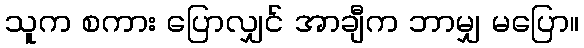
သူက စကား ပြောလျှင် အာချီက ဘာမျှ မပြော။